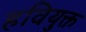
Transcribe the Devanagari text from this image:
हवियुक्त